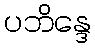
ပဘိန္ဒေ